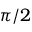
\pi / 2